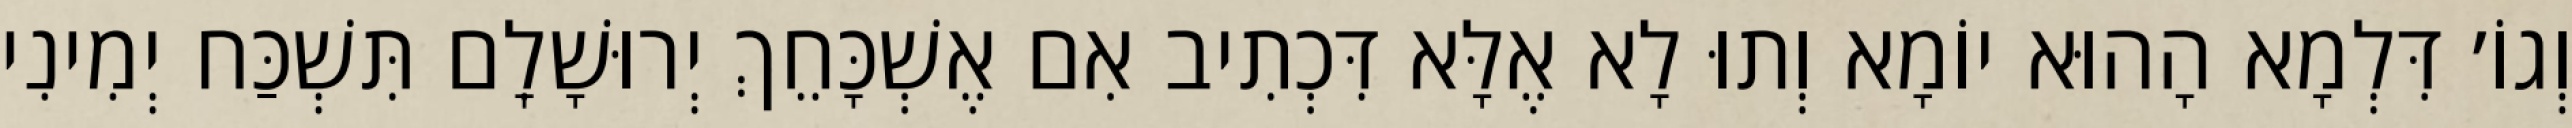
וְגוֹ׳ דִּלְמָא הָהוּא יוֹמָא וְתוּ לָא אֶלָּא דִּכְתִיב אִם אֶשְׁכָּחֵךְ יְרוּשָׁלִָם תִּשְׁכַּח יְמִינִי